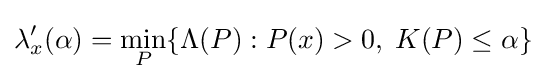
\lambda '_{x}(\alpha )=\min _{P}\{\Lambda (P):P(x)>0,\;K(P)\leq \alpha \}